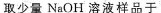
取少量NaOH溶液样品于